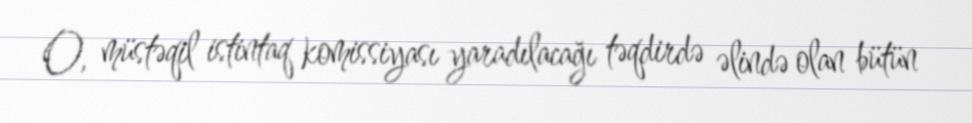
O, müstəqil istintaq komissiyası yaradılacağı təqdirdə əlində olan bütün